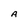
Character: A